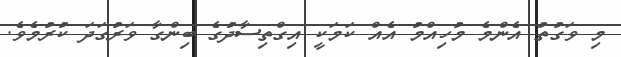
މި ވަގުތު އެންމެ މުހިއްމު އެއް ކަމަކީ އިގްތިސާދުގެ ބިންގާ ވަރުގަދަ ކުރުމެވެ.